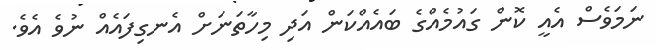
ނަމަވެސް އެއީ ކޮން ގައުމެއްގެ ބައެއްކަން އަދި މިހާތަނަށް އެނގިފައެއް ނުވެ އެވެ.